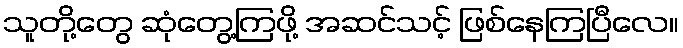
သူတို့တွေ ဆုံတွေ့ကြဖို့ အဆင်သင့် ဖြစ်နေကြပြီလေ။